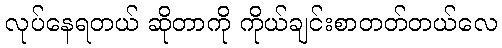
လုပ်နေရတယ် ဆိုတာကို ကိုယ်ချင်းစာတတ်တယ်လေ